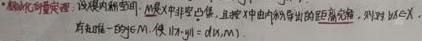
设映射 \(f:X\rightarrow Y\) 为从集合 \(X\) 到集合 \(Y\) 的映射，且设 \(X\) 中的元素由 \(8\) 位二进制数组成，则对于 \(\forall x\in X\)，